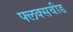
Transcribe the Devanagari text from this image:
फ्लक्सवीड